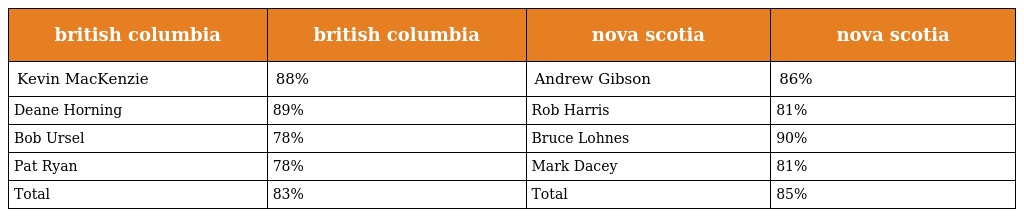
| british columbia | british columbia | nova scotia | nova scotia |
 | --- | --- | --- | --- |
 | Kevin MacKenzie | 88% | Andrew Gibson | 86% |
 | Deane Horning | 89% | Rob Harris | 81% |
 | Bob Ursel | 78% | Bruce Lohnes | 90% |
 | Pat Ryan | 78% | Mark Dacey | 81% |
 | Total | 83% | Total | 85% |